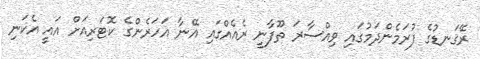
ރޭގަނޑުގެ ފުރަމެންދަމުގައި ވިއްސާރަ ތޫފާނީ ރެއެއްގައި އޭނާ އަހަރެންގެ ކޮޓަރިއަށް އައީ އެކަނި